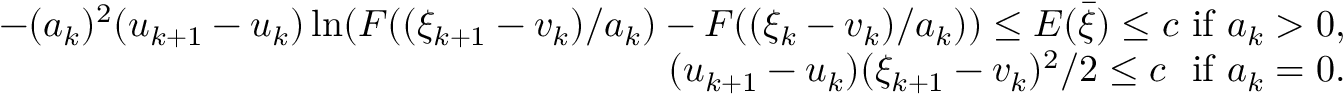
\begin{array} { r } { - ( a _ { k } ) ^ { 2 } ( u _ { k + 1 } - u _ { k } ) \ln ( F ( ( \xi _ { k + 1 } - v _ { k } ) / a _ { k } ) - F ( ( \xi _ { k } - v _ { k } ) / a _ { k } ) ) \le E ( \bar { \xi } ) \le c \mathrm { ~ i f ~ } a _ { k } > 0 , } \\ { ( u _ { k + 1 } - u _ { k } ) ( \xi _ { k + 1 } - v _ { k } ) ^ { 2 } / 2 \le c \ \mathrm { ~ i f ~ } a _ { k } = 0 . } \end{array}